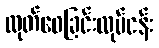
ထုတ်ဝေခြင်းလုပ်ငန်း